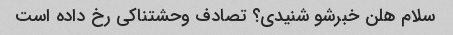
سلام هلن خبرشو شنیدی؟ تصادف وحشتناکی رخ داده است